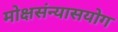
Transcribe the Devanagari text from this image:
मोक्षसंन्यासयोग